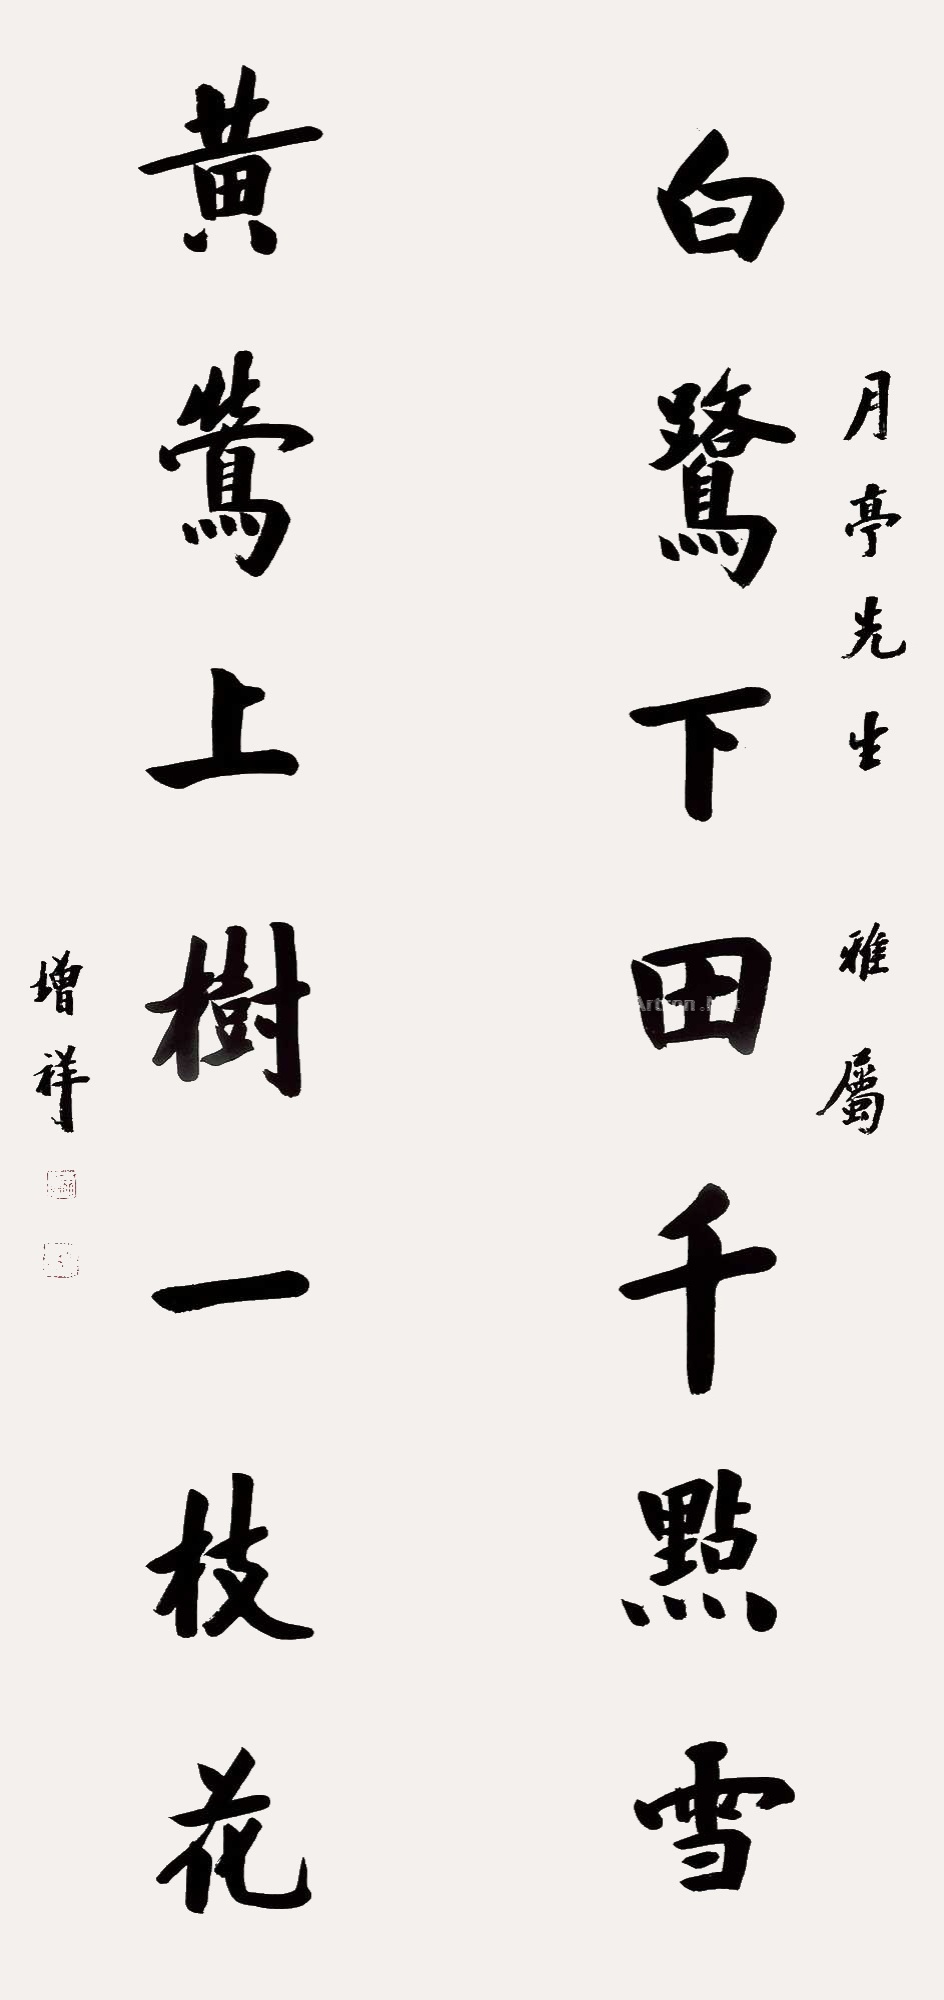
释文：白鹭下田千点雪，黄莺上树一枝花。月亭先生雅属，增祥。